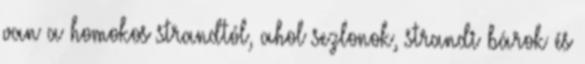
van a homokos strandtól, ahol sezlonok, strandi bárok és